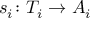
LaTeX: s _ { i } \colon T _ { i } \rightarrow A _ { i }